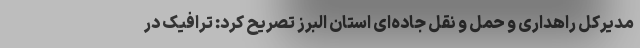
مدیرکل راهداری و حمل و نقل جاده‌ای استان البرز تصریح کرد: ترافیک در